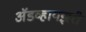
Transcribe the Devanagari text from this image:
अॅडव्हायझरी